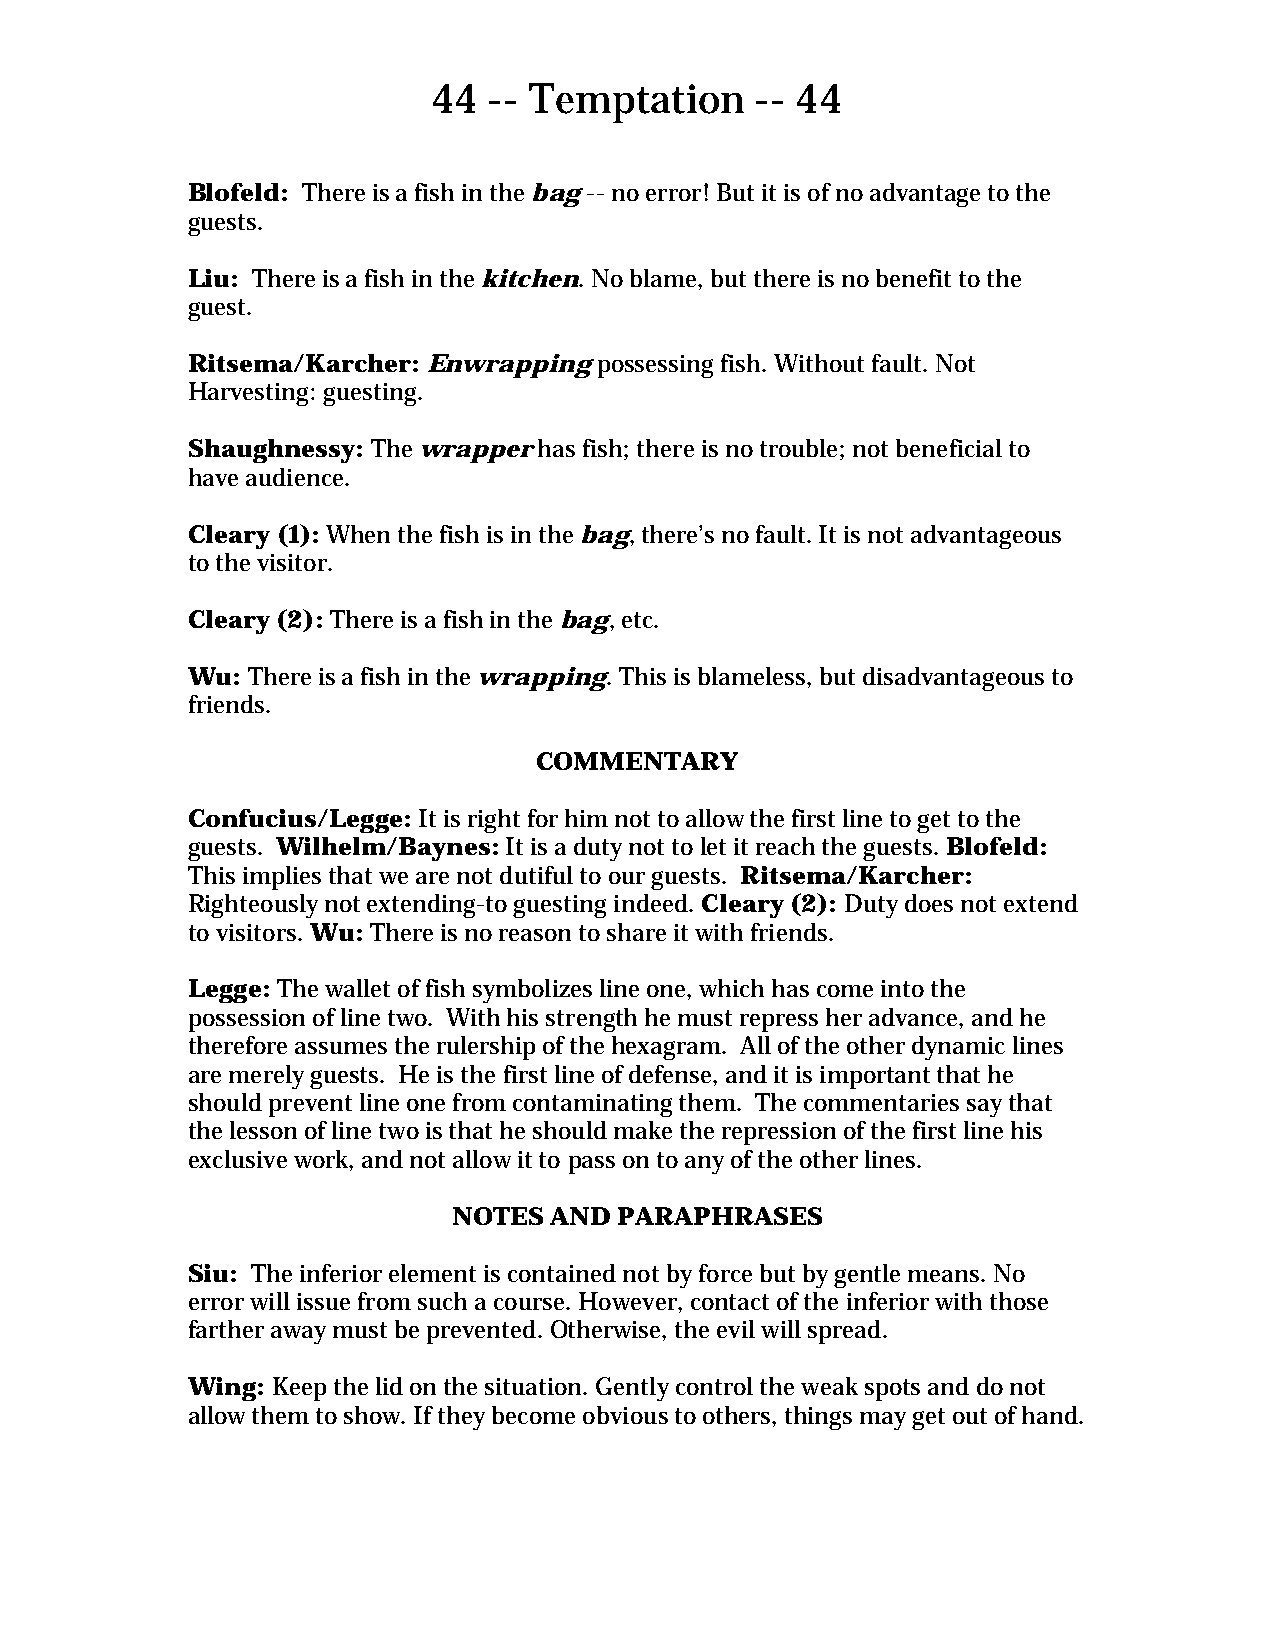
44 -- Temptation     -- 44
 Blofeld: There is a fish in the bag -- no error! But it is of no advantage to the
 guests.
 Liu: There is a fish in the kitchen. No blame, but there is no benefit to the
 guest.
 Ritsema/Karcher: Enwrapping possessing fish. Without fault. Not
 Harvesting: guesting.
 Shaughnessy: The wrapper has fish; there is no trouble; not beneficial to
 have audience.
 Cleary (1): When the fish is in the bag, there’s no fault. It is not advantageous
 to the visitor.
 Cleary (2): There is a fish in the bag, etc.
 Wu: There is a fish in the wrapping. This is blameless, but disadvantageous to
 friends.
 COMMENTARY
 Confucius/Legge: It is right for him not to allow the first line to get to the
 guests. Wilhelm/Baynes: It is a duty not to let it reach the guests. Blofeld:
 This implies that we are not dutiful to our guests. Ritsema/Karcher:
 Righteously not extending-to guesting indeed. Cleary (2): Duty does not extend
 to visitors. Wu: There is no reason to share it with friends.
 Legge: The wallet of fish symbolizes line one, which has come into the
 possession of line two. With his strength he must repress her advance, and he
 therefore assumes the rulership of the hexagram. All of the other dynamic lines
 are merely guests. He is the first line of defense, and it is important that he
 should prevent line one from contaminating them. The commentaries say that
 the lesson of line two is that he should make the repression of the first line his
 exclusive work, and not allow it to pass on to any of the other lines.
 NOTES AND  PARAPHRASES
 Siu: The inferior element is contained not by force but by gentle means. No
 error will issue from such a course. However, contact of the inferior with those
 farther away must be prevented. Otherwise, the evil will spread.
 Wing: Keep the lid on the situation. Gently control the weak spots and do not
 allow them to show. If they become obvious to others, things may get out of hand.